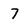
Character: 7